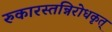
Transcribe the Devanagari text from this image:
रुकारस्तन्निरोधकृत्